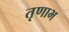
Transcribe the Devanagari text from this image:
तृणाभ